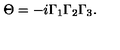
\Theta = - i \Gamma _ { 1 } \Gamma _ { 2 } \Gamma _ { 3 } .